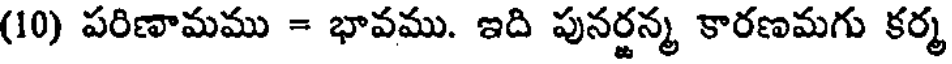
(10) పరిణామము = భావము. ఇది పునర్జన్మ కారణమగు కర్మ